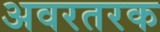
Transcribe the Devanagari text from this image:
अवरतरक